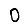
Digit: 0